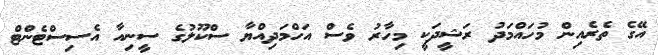
އޭގެ ތެރެއިން މުހައްމަދު ރަޝީދަކީ މިހާރު ވެސް އަހްމަދިއްޔާ ސްކޫލުގެ ސީނިއާ އެސިސްޓެންޓް